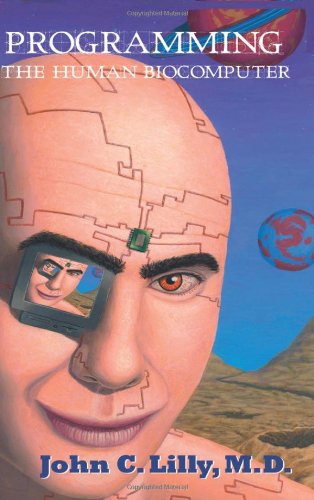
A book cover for Programming the Human Biocomputer; John C. Lilly; Computers & Technology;